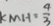
k M H = \frac { 9 } { 3 }